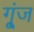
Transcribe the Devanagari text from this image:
गू्ंज